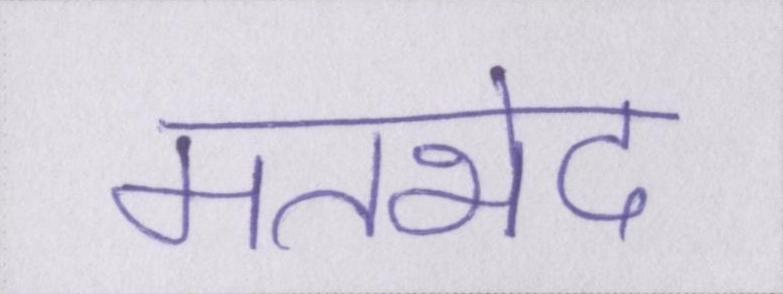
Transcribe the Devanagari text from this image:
मतभेद